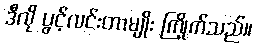
ဒီလို ပွင့်လင်းတာမျိုး ကြိုက်သည်။